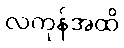
လကုန်အထိ